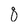
Character: 8